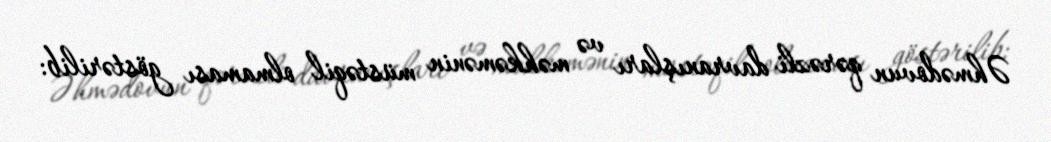
Əhmədovun qərəzli davranışları və məhkəmənin müstəqil olmaması göstərilib: